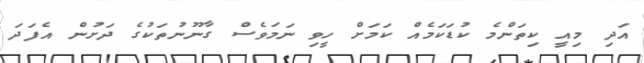
އަދި މިއީ ކިތަންމެ ކުޑަކަމެއް ކަމަށް ހީވި ނަމަވެސް ގާނޫނުތަކުގެ ދަށުން އެފަދަ